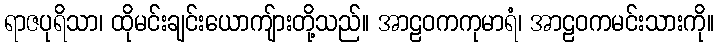
ရာဇပုရိသာ၊ ထိုမင်းချင်းယောကျ်ားတို့သည်။ အာဠဝကကုမာရံ၊ အာဠဝကမင်းသားကို။